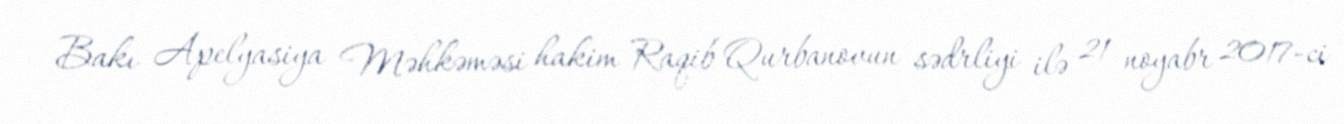
Bakı Apelyasiya Məhkəməsi hakim Raqib Qurbanovun sədrliyi ilə 21 noyabr 2017-ci